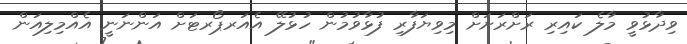
ވިދާޅުވީ މާލެ ކައިރި ރަށްރަށަށް މިވިޔަފާރި ފުޅާވުމުން ހުޅުލޭ އެއަރޕޯރޓަށް އަންނަނީ އެއްމިލިއަން